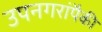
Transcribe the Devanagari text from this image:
उपनगरांपैकी